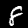
Label: 8